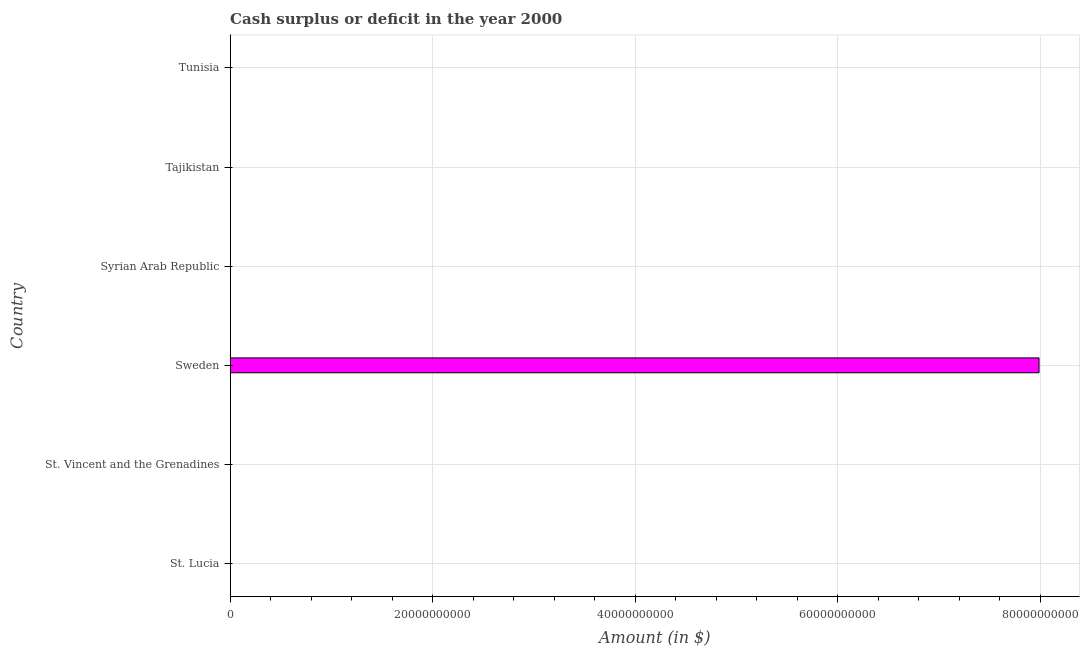
| Country | Cash surplus or deficit |
 | --- | --- |
 | St. Lucia | -2.21e+07 |
 | St. Vincent and the Grenadines | -4.1e+06 |
 | Sweden | 7.99e+10 |
 | Syrian Arab Republic | -1.02e+10 |
 | Tajikistan | -1.44e+07 |
 | Tunisia | -7.07e+08 |